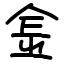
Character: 𨤾